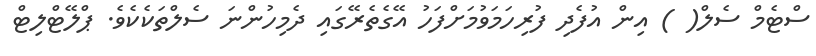
ސްޓެމް ސެލް( ) އިން އުފެދި ފުރިހަމަވުމަށްފަހު އޭގެތެރޭގައި ދެމިހުންނަ ސެލްތަކެކެވެ. ޕްލޭޓްލިޓް